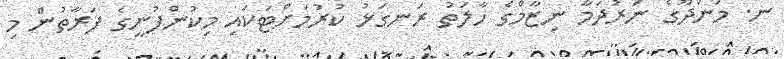
ނ. މަނަދޫގެ ނަރުދަމާ ނިޒާމްގެ ހާލަތު ރަނގަޅު ކުރުމަށްޓަކައި މިކުންފުނީގެ ފަރާތުން މި